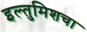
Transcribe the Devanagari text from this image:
इल्तुमिशचा